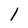
Character: l